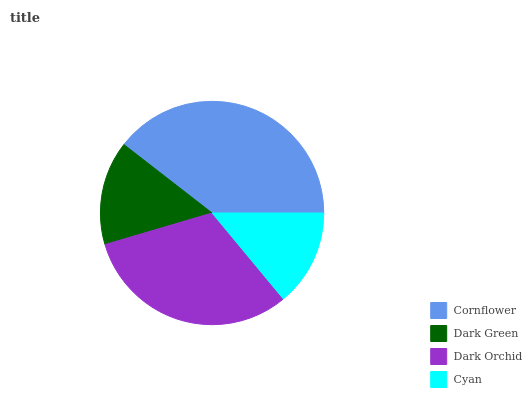
| Cornflower | Dark Green | Dark Orchid | Cyan |
 | --- | --- | --- | --- |
 | 39.5% | 15.1% | 31.5% | 14% |